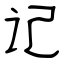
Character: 记